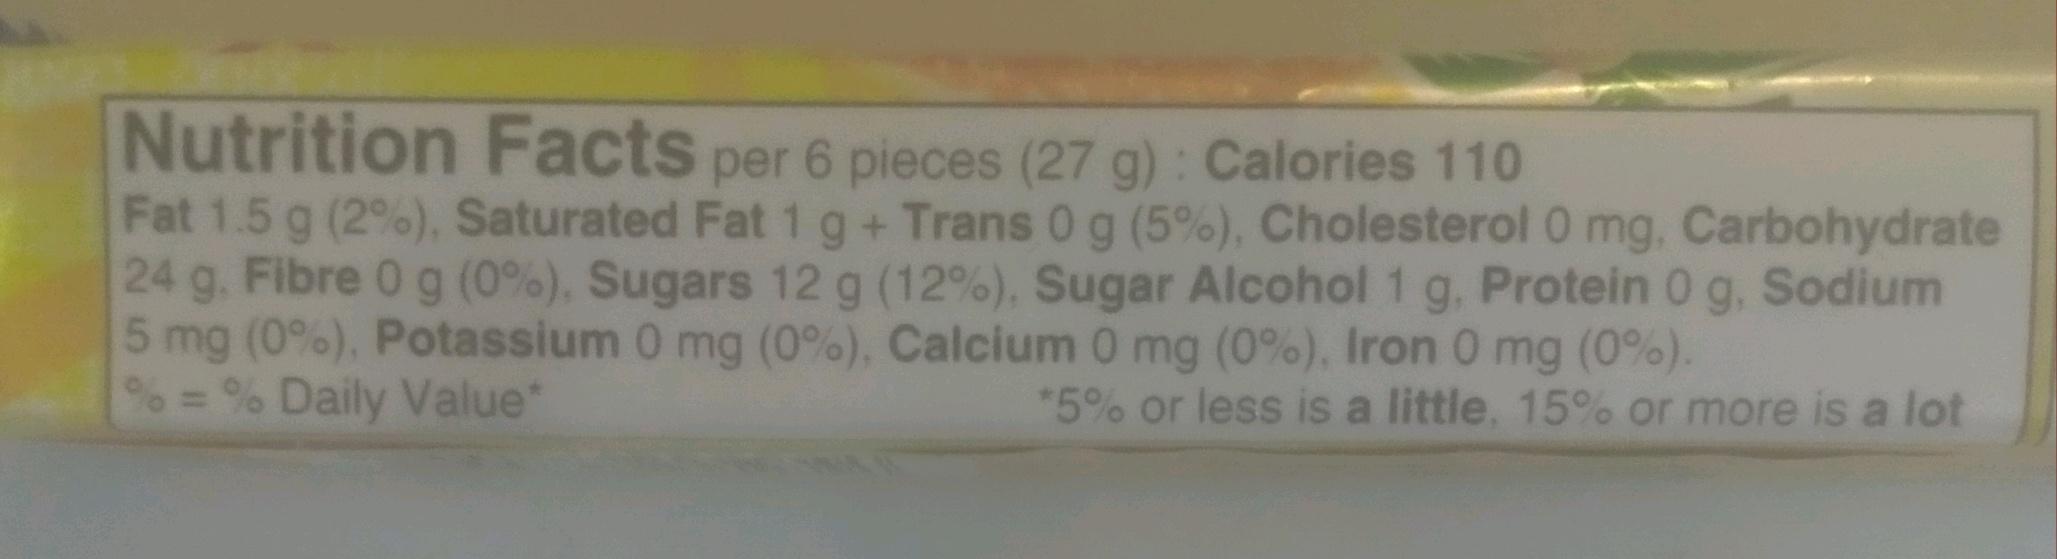
Nutrition Facts per 6 pieces (27 g): Calories 110
Fat 1.5 g (2%), Saturated Fat 1 g + Trans 0 g (5%), Cholesterol 0 mg, Carbohydrate 24 g. Fibre 0 g (0%), Sugars 12 g (12%), Sugar Alcohol 1 g, Protein 0 g, Sodium 5 mg (0%), Potassium 0 mg (0%), Calcium 0 mg (0%), Iron 0 mg (0%).
% = % Daily Value*
*5% or less is a little, 15% or more is a lot